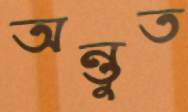
অন্তুত